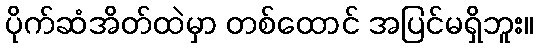
ပိုက်ဆံအိတ်ထဲမှာ တစ်ထောင် အပြင်မရှိဘူး။